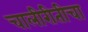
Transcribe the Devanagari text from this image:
चालीरीतीचा